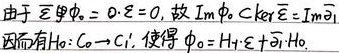
由于 \(\widetilde{\varepsilon}\phi_0 = 0\cdot\varepsilon=0\)，故 \(\text{Im}\phi_0\subset\text{Ker}\widetilde{\varepsilon}=\text{Im}\partial_1\)。因而有 \(H_0:C_0\rightarrow C_1'\)，使得 \(\phi_0 = H_0\partial_1+\widetilde{\partial}_1'H_0\)。